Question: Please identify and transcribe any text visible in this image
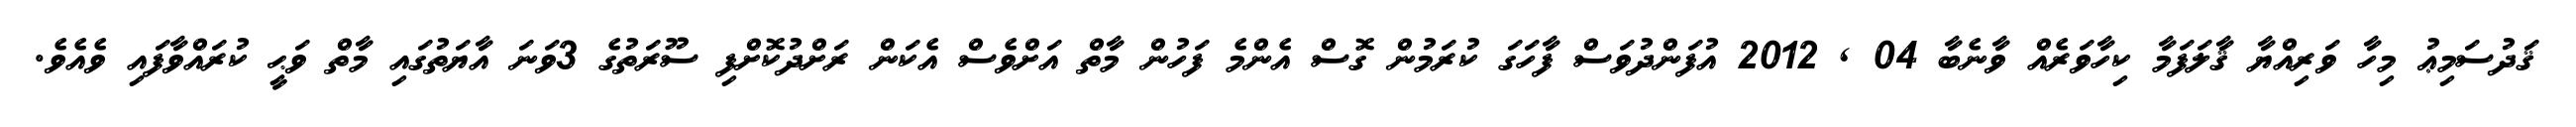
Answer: ޤަދުސަމިޢު މިހާ ވަރިއްޔާ ޤާލަފަމާ ކިހާވަރެއް ވާނެބާ 04 , 2012 އުފަންދުވަސް ފާހަގަ ކުރަމުން ގޮސް އެންމެ ފަހުން މާތް އަށްވެސް އެކަން ރަށްދުކޮށްފި ސޫރަތުގެ 3ވަނަ އާޔަތުގައި މާތް ވަޙީ ކުރައްވާފައި ވެއެވެ.